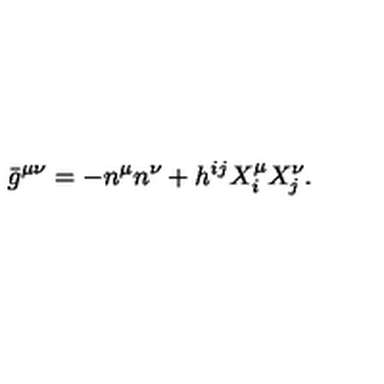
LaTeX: { } \bar { g } ^ { \mu \nu } = - n ^ { \mu } n ^ { \nu } + h ^ { i j } X _ { i } ^ { \mu } X _ { j } ^ { \nu } .